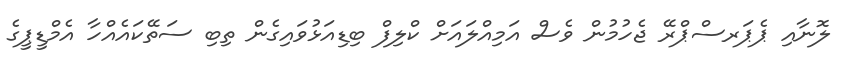
ލޮނާއި ޕެޕަރސްޕްރޭ ޖެހުމުން ވެސް އަމިއްލައަށް ކްލިފް ބިޑިއަޅުވައިގެން ތިބި ސަތޭކައެއްހާ އެމްޑީޕީގެ